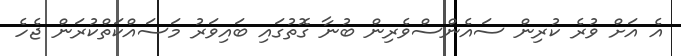
އެ އަށް ވުރެ ކުރިން ސައެންސްވެރިން ބުނާ ގޮތުގައި ބައިވަރު މަސައްކަތްކުރަން ޖެހެ